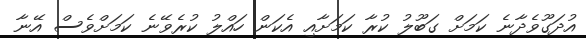
އުދަގޫވެދާނެ ކަމަށް ގަބޫލު ކުރާ ކަމަށާއި އެކަން ހައްލު ކުރެވޭނެ ކަމަށްވެސް އޭނާ